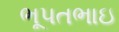
ભૂપતભાઇ